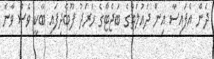
ދެން އެފައިސާ އިން ދައުލަތުގެ ބަޖެޓްގެ ޚަަރަދު ފޫބެދިފައި ބާކީ ވެސް ވާނެ